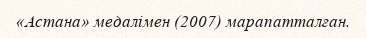
«Астана» медалімен (2007) марапатталған.